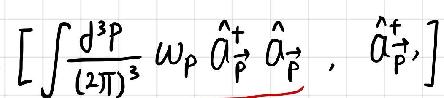
\[ \left[ \int \frac{d^{3}p}{(2\pi)^{3}} \omega_{p} \hat{a}_{\vec{p}}^{+} \hat{a}_{\vec{p}} , \hat{a}_{\vec{p}}^{+} \right] \]